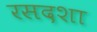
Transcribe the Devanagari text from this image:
रसदशा